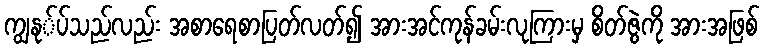
ကျွနု်ပ်သည်လည်း အစာရေစာပြတ်လတ်၍ အားအင်ကုန်ခမ်းလုကြားမှ စိတ်ဇွဲကို အားအဖြစ်